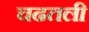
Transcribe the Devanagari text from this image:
चढतली